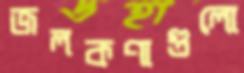
জলকণাগুলো